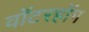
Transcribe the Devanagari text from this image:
वॉटरहॉग